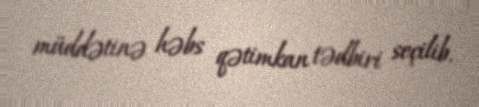
müddətinə həbs qətimkan tədbiri seçilib.